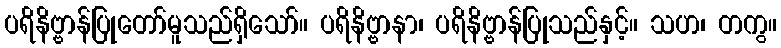
ပရိနိဗ္ဗာန်ပြုတော်မူသည်ရှိသော်။ ပရိနိဗ္ဗာနာ၊ ပရိနိဗ္ဗာန်ပြုသည်နှင့်။ သဟ၊ တကွ။